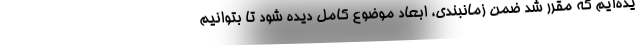
یده‌ایم که مقرر شد ضمن زمانبندی، ابعاد موضوع کامل دیده شود تا بتوانیم